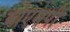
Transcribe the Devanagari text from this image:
ओएमपी